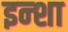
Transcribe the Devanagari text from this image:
इन्शा